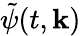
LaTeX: \tilde{\psi}(t,{\mathbf k})